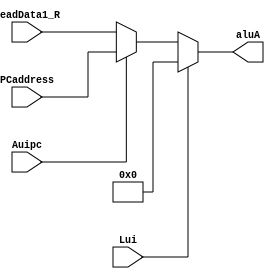
module ALU_A (
    input Lui,
    input Auipc,
    input [31:0] readData1_R,
    input [31:0] PCaddress,
    output reg [31:0] aluA
);
    always @(*) begin
        if (Lui == 1'b1) aluA = {32{1'b0}};  // lui [rd=0+imm]
        else if (Auipc == 1'b1) aluA = PCaddress;  // auipc [rd=PC+imm]
        else aluA = readData1_R;  // rs1
    end
endmodule